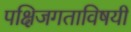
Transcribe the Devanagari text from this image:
पक्षिजगताविषयी